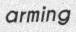
arming